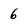
Character: 6